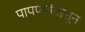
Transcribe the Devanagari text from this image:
पापण्यांपासून